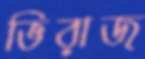
ভিরাজ